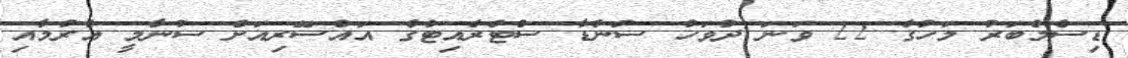
ޑިސެމްބަރު މަހުގެ 22 ވަނަ ދުވަހު ސުންޑާ ސްޓްރެއިޓްގެ އައްސޭރިއަށް ސުނާމީ އެރުމާއި